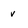
Character: v